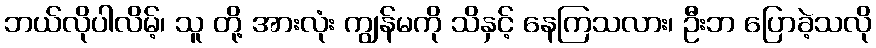
ဘယ်လိုပါလိမ့်၊ သူ တို့ အားလုံး ကျွန်မကို သိနှင့် နေကြသလား၊ ဦးဘ ပြောခဲ့သလို